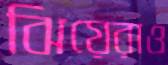
ঝিয়েরাও